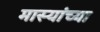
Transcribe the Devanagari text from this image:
मास्यांच्या